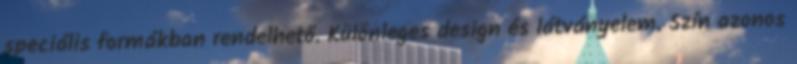
speciális formákban rendelhető. Különleges design és látványelem. Szín azonos